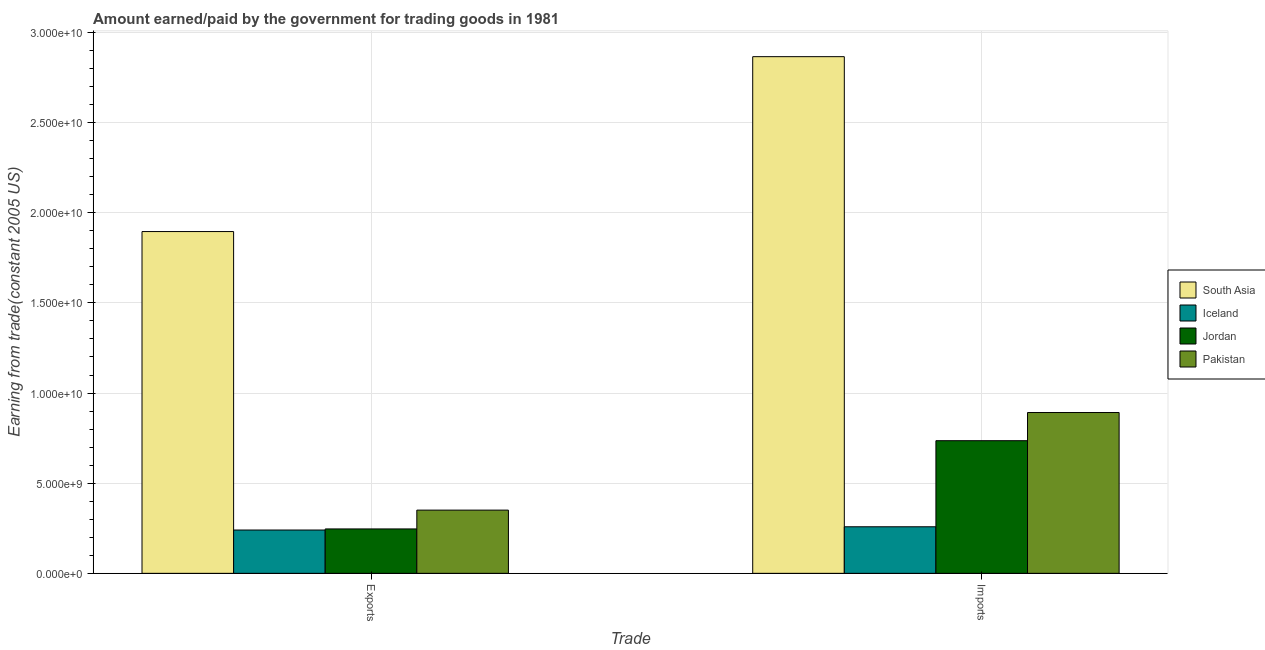
| Trade | South Asia | Iceland | Jordan | Pakistan |
 | --- | --- | --- | --- | --- |
 | Exports | 1.9e+10 | 2.4e+09 | 2.46e+09 | 3.51e+09 |
 | Imports | 2.87e+10 | 2.58e+09 | 7.36e+09 | 8.92e+09 |